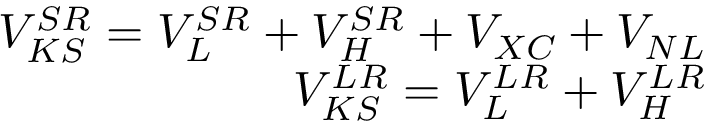
\begin{array} { r } { V _ { K S } ^ { S R } = V _ { L } ^ { S R } + V _ { H } ^ { S R } + V _ { X C } + V _ { N L } } \\ { V _ { K S } ^ { L R } = V _ { L } ^ { L R } + V _ { H } ^ { L R } } \end{array}